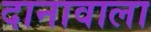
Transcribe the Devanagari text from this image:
दानावाला